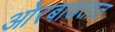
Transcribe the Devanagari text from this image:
ओरबाडतात